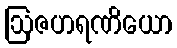
ဩဇဟရဏိယော